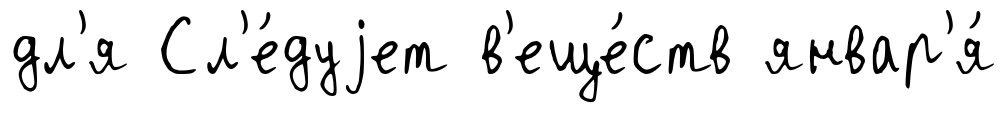
дл'я Сл'е́дуjет в'еще́ств январ'я́